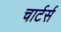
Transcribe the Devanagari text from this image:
चार्टर्स